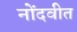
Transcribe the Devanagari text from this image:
नोंदवीत